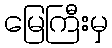
မြေကြီးမှ